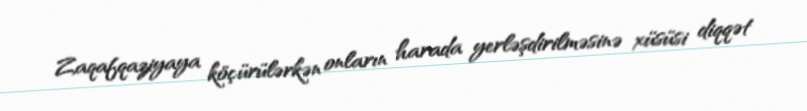
Zaqafqaziyaya köçürülərkən onların harada yerləşdirilməsinə xüsüsi diqqət